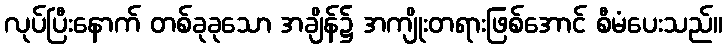
လုပ်ပြီးနောက် တစ်ခုခုသော အချိန်၌ အကျိုးတရားဖြစ်အောင် စီမံပေးသည်။